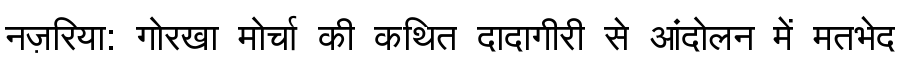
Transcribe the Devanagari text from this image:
नज़रिया: गोरखा मोर्चा की कथित दादागीरी से आंदोलन में मतभेद